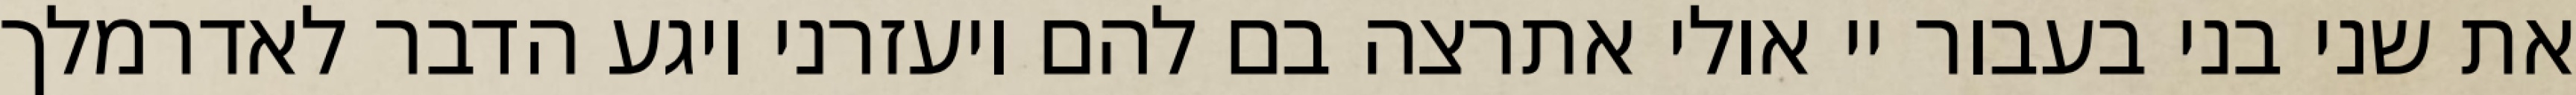
את שני בני בעבור יי אולי אתרצה בם להם ויעזרני ויגע הדבר לאדרמלך